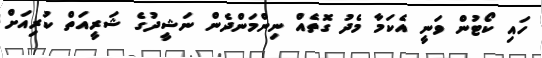
ހައި ކޯޓުން ވަނީ އެކަމާ މެދު ގޮތެއް ނިންމަންދެން ނަޝީދުގެ ޝަރީއަތް ކުރިއަށް